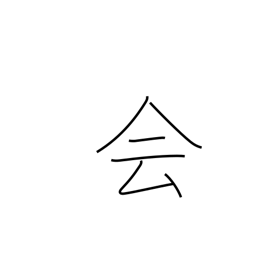
Meaning: join